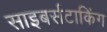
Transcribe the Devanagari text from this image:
साइबर्सटाकिंग